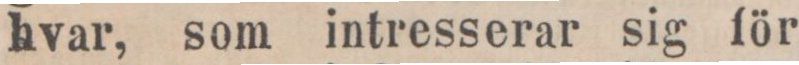
hvar, som intresserar sig för